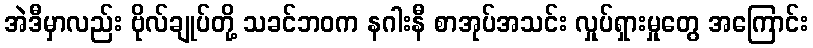
အဲဒီမှာလည်း ဗိုလ်ချုပ်တို့ သခင်ဘဝက နဂါးနီ စာအုပ်အသင်း လှုပ်ရှားမှုတွေ အကြောင်း